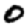
Digit: 0